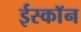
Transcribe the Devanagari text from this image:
ईस्काॅन